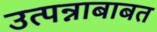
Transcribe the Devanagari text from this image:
उत्पन्नाबाबत